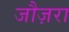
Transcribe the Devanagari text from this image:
जौज़रा